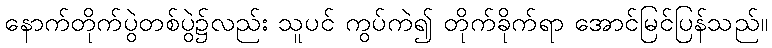
နောက်တိုက်ပွဲတစ်ပွဲ၌လည်း သူပင် ကွပ်ကဲ၍ တိုက်ခိုက်ရာ အောင်မြင်ပြန်သည်။